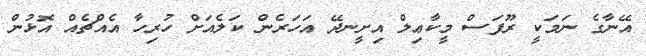
އޭނާގެ ނަމަކީ ރޫފަސް މީކާޢިލް އިށީނދޭ އަހަރެން ކަލެއަށް ހުރިހާ އެއްޗެއް އޮޅުން